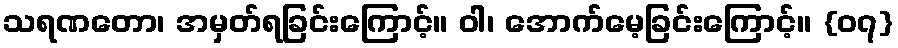
သရဏတော၊ အမှတ်ရခြင်းကြောင့်။ ဝါ၊ အောက်မေ့ခြင်းကြောင့်။ {၀၇}